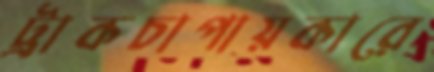
ট্রাকচাপায়কারে